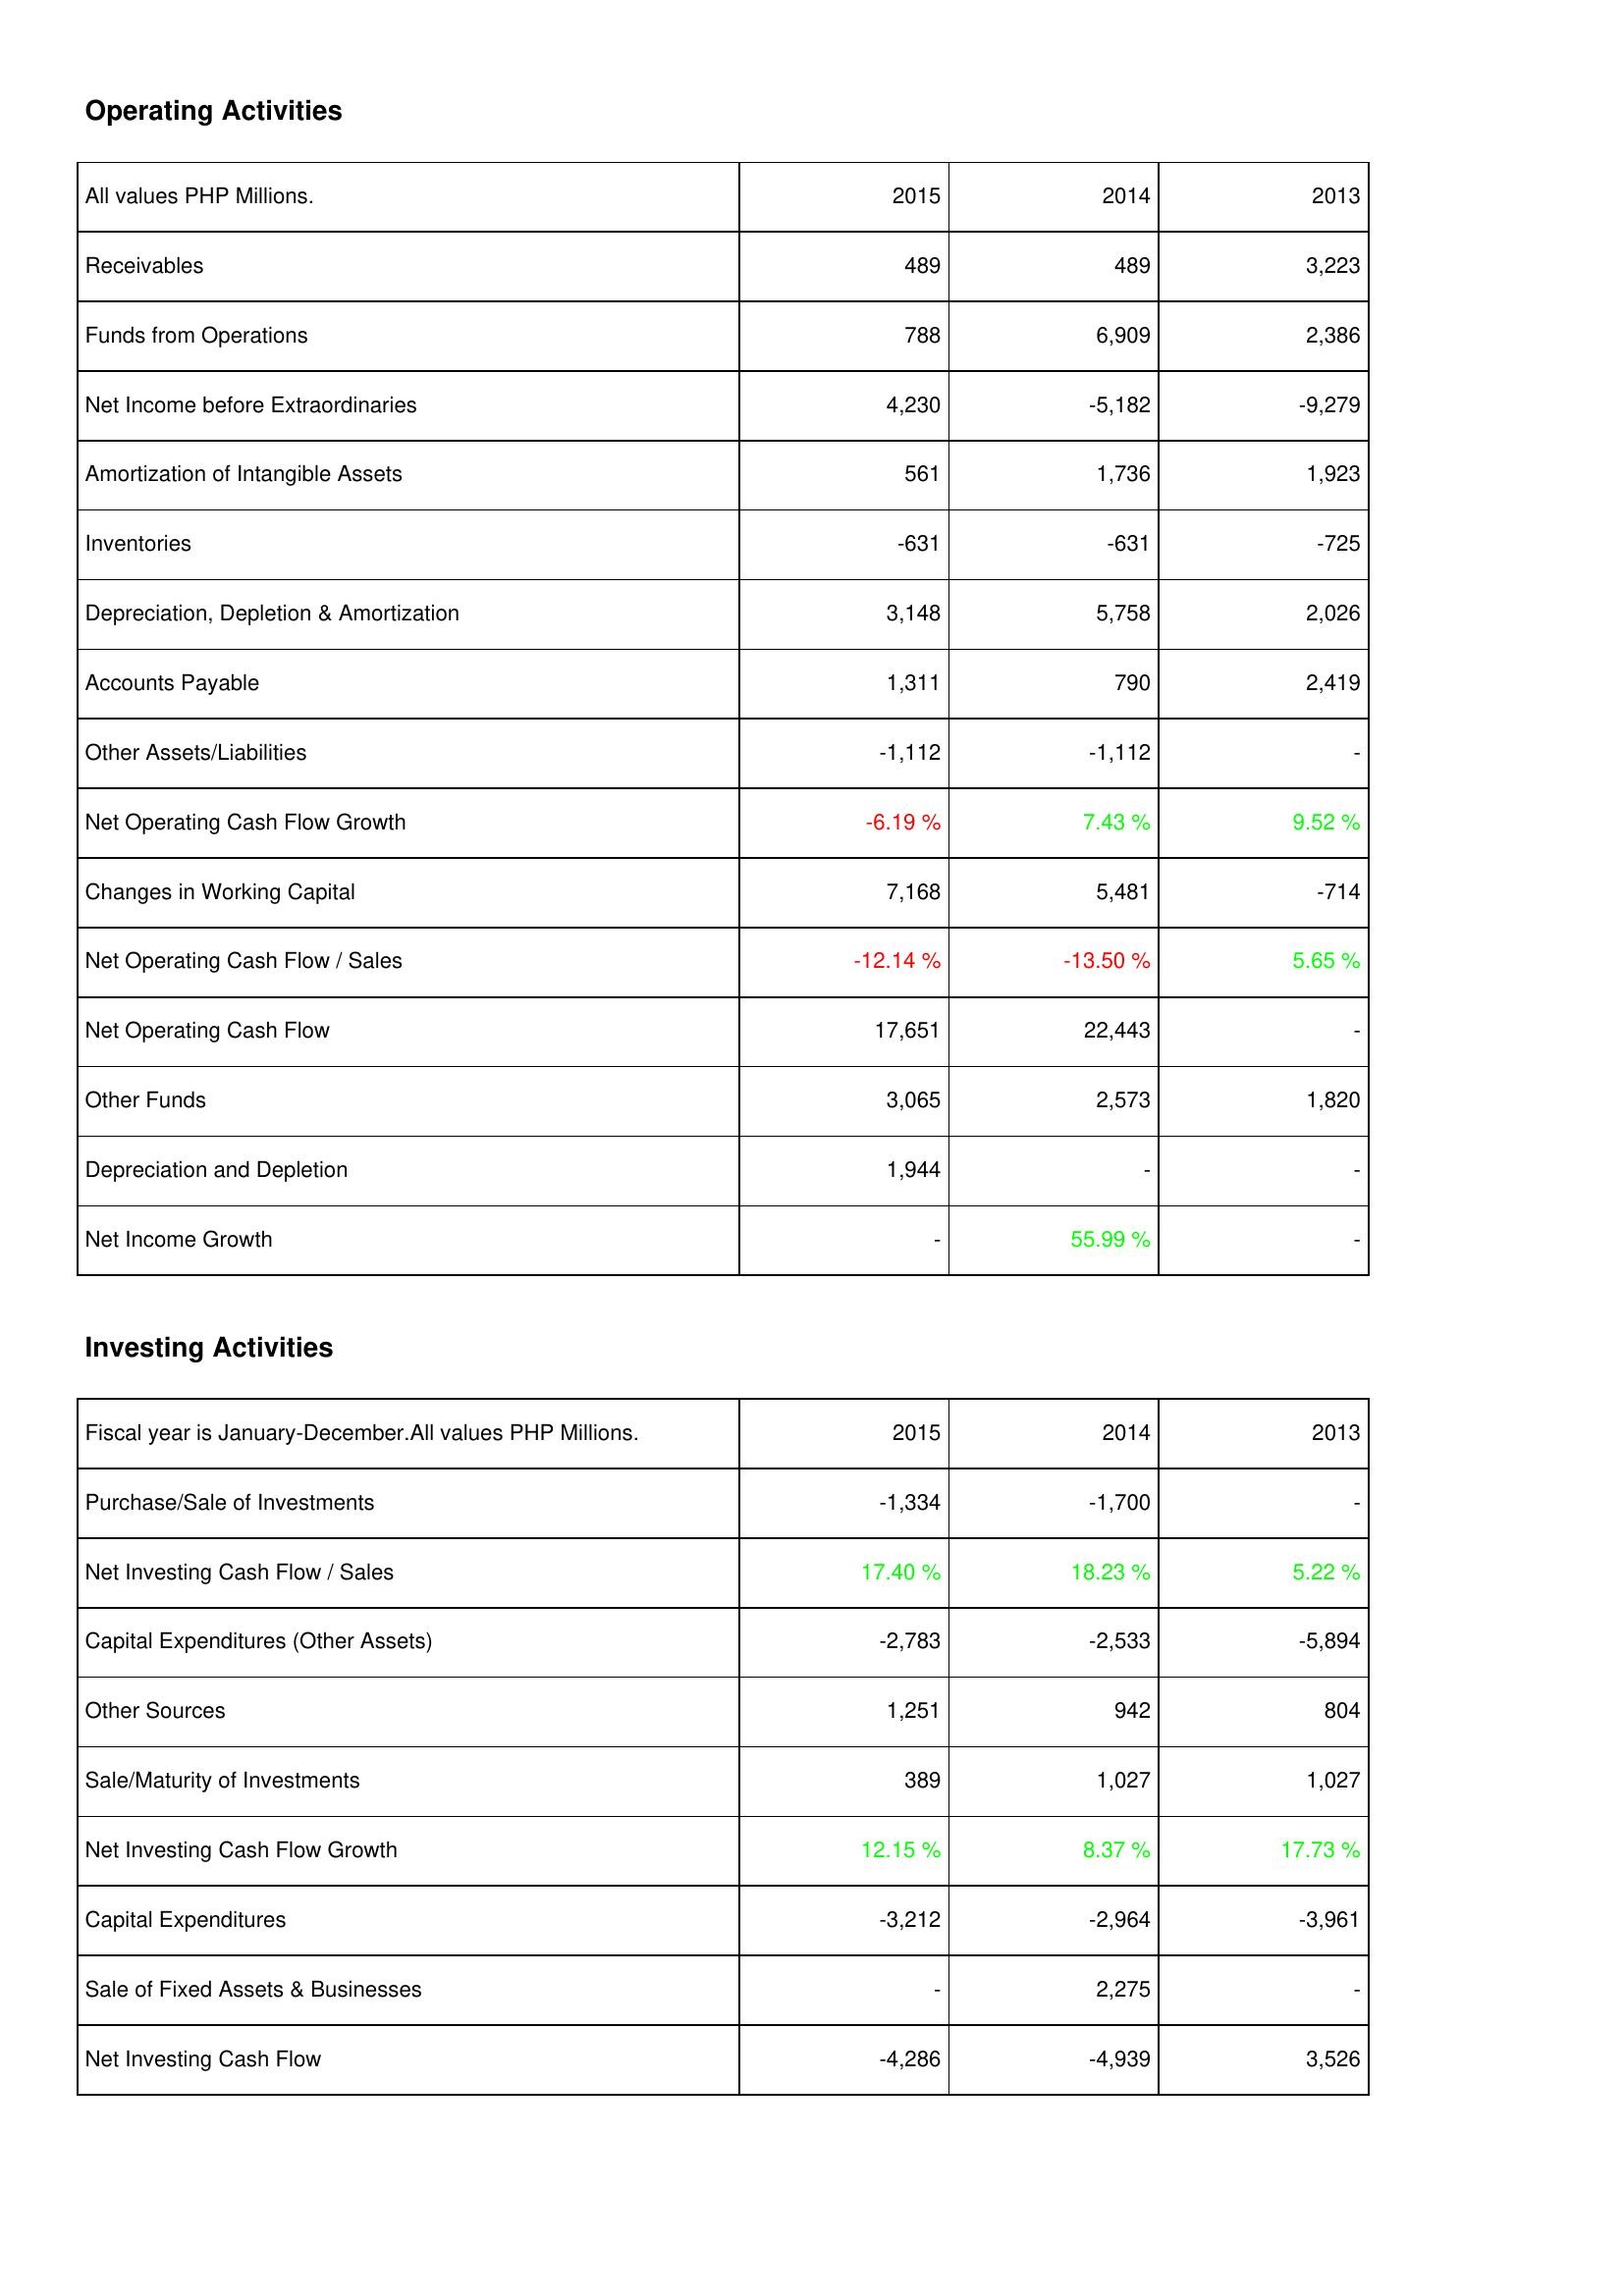
2015: Operating Activities: Receivables: 489
Funds from Operations: 788
Net Income before Extraordinaries: 4,230
Amortization of Intangible Assets: 561
Inventories: -631
Depreciation, Depletion & Amortization: 3,148
Accounts Payable: 1,311
Other Assets/Liabilities: -1,112
Net Operating Cash Flow Growth: -6.19 %
Changes in Working Capital: 7,168
Net Operating Cash Flow / Sales: -12.14 %
Net Operating Cash Flow: 17,651
Other Funds: 3,065
Depreciation and Depletion: 1,944
Net Income Growth: -
Investing Activities: Purchase/Sale of Investments: -1,334
Net Investing Cash Flow / Sales: 17.40 %
Capital Expenditures (Other Assets): -2,783
Other Sources: 1,251
Sale/Maturity of Investments: 389
Net Investing Cash Flow Growth: 12.15 %
Capital Expenditures: -3,212
Sale of Fixed Assets & Businesses: -
Net Investing Cash Flow: -4,286
2014: Operating Activities: Receivables: 489
Funds from Operations: 6,909
Net Income before Extraordinaries: -5,182
Amortization of Intangible Assets: 1,736
Inventories: -631
Depreciation, Depletion & Amortization: 5,758
Accounts Payable: 790
Other Assets/Liabilities: -1,112
Net Operating Cash Flow Growth: 7.43 %
Changes in Working Capital: 5,481
Net Operating Cash Flow / Sales: -13.50 %
Net Operating Cash Flow: 22,443
Other Funds: 2,573
Depreciation and Depletion: -
Net Income Growth: 55.99 %
Investing Activities: Purchase/Sale of Investments: -1,700
Net Investing Cash Flow / Sales: 18.23 %
Capital Expenditures (Other Assets): -2,533
Other Sources: 942
Sale/Maturity of Investments: 1,027
Net Investing Cash Flow Growth: 8.37 %
Capital Expenditures: -2,964
Sale of Fixed Assets & Businesses: 2,275
Net Investing Cash Flow: -4,939
2013: Operating Activities: Receivables: 3,223
Funds from Operations: 2,386
Net Income before Extraordinaries: -9,279
Amortization of Intangible Assets: 1,923
Inventories: -725
Depreciation, Depletion & Amortization: 2,026
Accounts Payable: 2,419
Other Assets/Liabilities: -
Net Operating Cash Flow Growth: 9.52 %
Changes in Working Capital: -714
Net Operating Cash Flow / Sales: 5.65 %
Net Operating Cash Flow: -
Other Funds: 1,820
Depreciation and Depletion: -
Net Income Growth: -
Investing Activities: Purchase/Sale of Investments: -
Net Investing Cash Flow / Sales: 5.22 %
Capital Expenditures (Other Assets): -5,894
Other Sources: 804
Sale/Maturity of Investments: 1,027
Net Investing Cash Flow Growth: 17.73 %
Capital Expenditures: -3,961
Sale of Fixed Assets & Businesses: -
Net Investing Cash Flow: 3,526